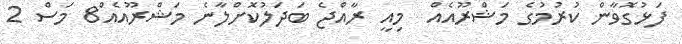
ފަޅުގޮވާން ކުރުމުގެ މަޝްރޫއެއް  މިއީ ރާއްޖެ ބަދަލުކޮށްލާނެ މަޝްރޫއެއް8 މަސް 2